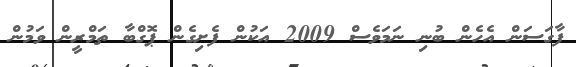
ފާގަސަން އެހެން ބުނި ނަމަވެސް 2009 އަކުން ފެށިގެން ޕޮގްބާ ތަމްރީން ވަމުން